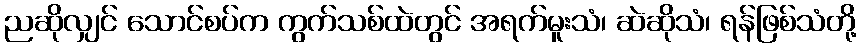
ညဆိုလျှင် သောင်စပ်က ကွက်သစ်ထဲတွင် အရက်မူးသံ၊ ဆဲဆိုသံ၊ ရန်ဖြစ်သံတို့